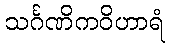
သင်္ဂဏိကဝိဟာရံ